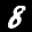
Label: 8